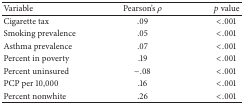
| Variable | Pearson's ρ | p value |
 | --- | --- | --- |
 | Cigarette tax | .09 | <.001 |
 | Smoking prevalence | .05 | <.001 |
 | Asthma prevalence | .07 | <.001 |
 | Percent in poverty | .19 | <.001 |
 | Percent uninsured | −.08 | <.001 |
 | PCP per 10,000 | .16 | <.001 |
 | Percent nonwhite | .26 | <.001 |